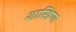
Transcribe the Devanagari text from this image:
शास्त्रिणः